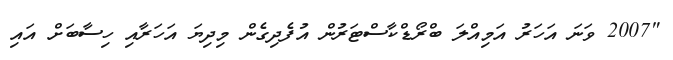
"2007 ވަނަ އަހަރު އަމިއްލަ ބްރޯޑްކާސްޓަރުން އުފެދިގެން މިދިޔަ އަހަރާއި ހިސާބަށް އައި